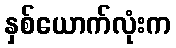
နှစ်ယောက်လုံးက